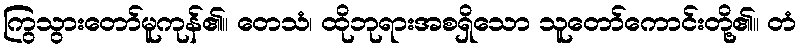
ကြွသွားတော်မူကုန်၏။ တေသံ၊ ထိုဘုရားအစရှိသော သူတော်ကောင်းတို့၏။ တံ